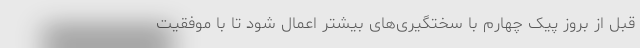
قبل از بروز پیک چهارم با سختگیری‌های بیشتر اعمال شود تا با موفقیت